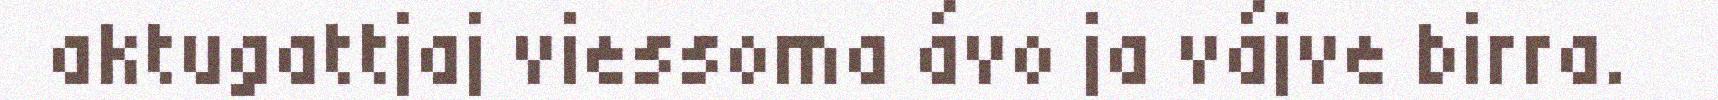
aktugattjaj viessoma ávo ja vájve birra.